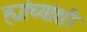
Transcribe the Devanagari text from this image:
ह्यांच्यांशी